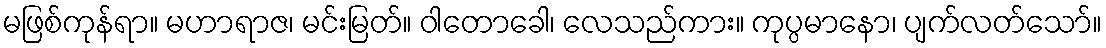
မဖြစ်ကုန်ရာ။ မဟာရာဇ၊ မင်းမြတ်။ ဝါတောခေါ၊ လေသည်ကား။ ကုပ္ပမာနော၊ ပျက်လတ်သော်။